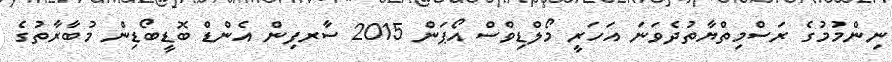
ނިންމުމުގެ ރަސްމިތްޔާތުދެވަނަ އަހަރީ މޯލްޑިވްސް އޯޕަން 2015 ސާރފިން އެންޑް ބޮޑީބޯޑިން މުބާރާތުގެ